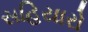
સહિયારો